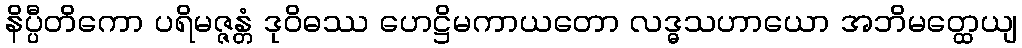
နိပ္ပီတိကော ပရိမဇ္ဇန္တံ ဒုဝိဓဿ ဟေဋ္ဌိမကာယတော လဒ္ဓသဟာယော အဘိမတ္ထေယျ